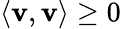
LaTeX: \langle\mathbf{v},\mathbf{v}\rangle\geq0